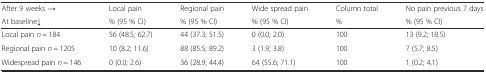
| After 9 weeks → | Local pain | Regional pain | Wide spread pain | Column total | No pain previous 7 days |
 | At baseline↓ | % (95 % CI) | % (95 % CI) | % (95 % CI) | % | % (95 % CI) |
 | --- | --- | --- | --- | --- | --- |
 | Local pain n = 184 | 56 (48.5; 62.7) | 44 (37.3; 51.5) | 0 (0.0; 2.0) | 100 | 13 (9.2; 18.5) |
 | Regional pain n = 1205 | 10 (8.2; 11.6) | 88 (85.5; 89.2) | 3 (1.9; 3.8) | 100 | 7 (5.7; 8.5) |
 | Widespread pain n = 146 | 0 (0.0; 2.6) | 36 (28.9; 44.4) | 64 (55.6; 71.1) | 100 | 1 (0.2; 4.1) |